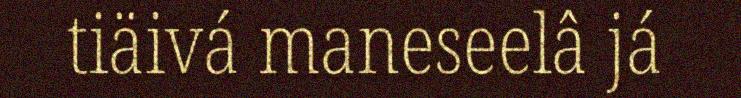
tiäivá maneseelâ já